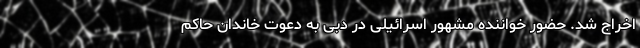
اخراج شد. حضور خواننده مشهور اسرائیلی در دبی به دعوت خاندان حاکم